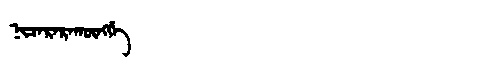
Manchu: ᠨᡳᠴᠠᡵᠠᡵᠠᡴᡡᠩᡤᡝ
Romanization: NICARARAKŪNGGE